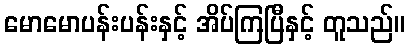
မောမောပန်းပန်းနှင့် အိပ်ကြပြီနှင့် တူသည်။